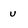
Character: u